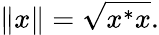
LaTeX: \| x\| ={\sqrt{x^{*}x}}.